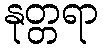
နုတ္တရာ